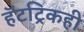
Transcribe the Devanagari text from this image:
हॅटट्रिकही